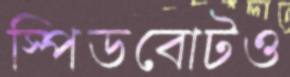
স্পিডবোটও